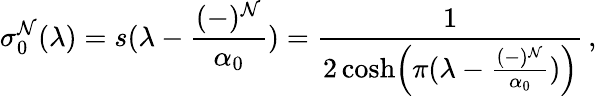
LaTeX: \sigma_{0}^{\mathcal{N}}(\lambda)=s(\lambda-{\frac{{(-)^{\mathcal{N}}}}{{\alpha_{0}}}})={\frac{{1}}{{2\cosh\Bigl(\pi(\lambda-{\frac{{(-)^{\mathcal{N}}}}{{\alpha_{0}}}})\Bigr)}}}\, ,